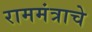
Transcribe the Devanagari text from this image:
राममंत्राचे